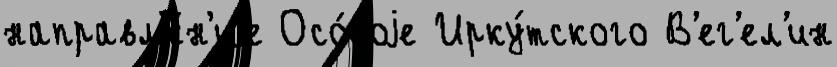
направл'е́н'иjе Осо́боjе Ирку́тского В'ег'ел'ин